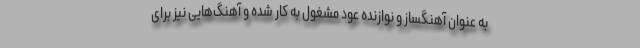
به عنوان آهنگساز و نوازنده عود مشغول به کار شده و آهنگ‌هایی نیز برای